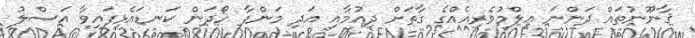
ޤާނޫނުތައް ދަންނަ ޢިލްމުވެރިއެއްގެ ގާތަށް ދިއުމާއި އަދި މަންފާ ހޯދަން ކަނޑައެޅިފައިވާ އަސްލު